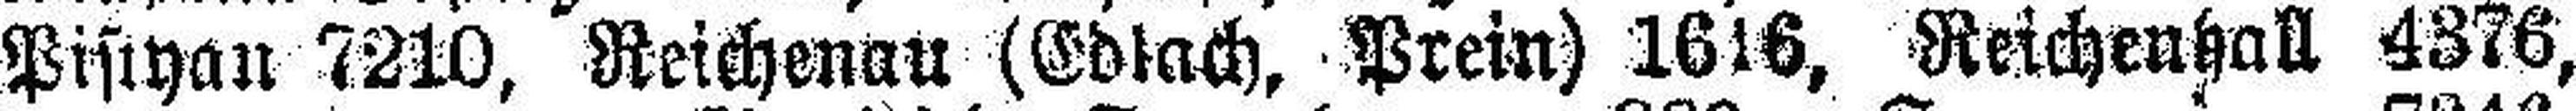
Pistyan 7210, Reichenau (Edlach, Prein) 1616, Reichenhall 4376,